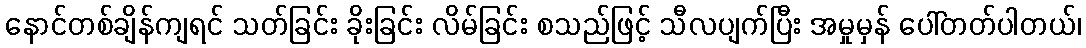
နောင်တစ်ချိန်ကျရင် သတ်ခြင်း ခိုးခြင်း လိမ်ခြင်း စသည်ဖြင့် သီလပျက်ပြီး အမှုမှန် ပေါ်တတ်ပါတယ်၊